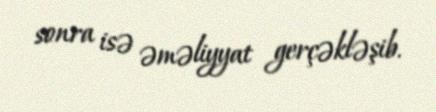
sonra isə əməliyyat gerçəkləşib.